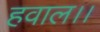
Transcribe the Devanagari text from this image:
हवाल।।